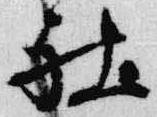
社